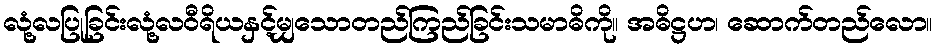
လုံ့လပြုခြင်းလုံ့လဝီရိယနှင့်မျှသောတည်ကြည်ခြင်းသမာဓိကို။ အဓိဋ္ဌဟ၊ ဆောက်တည်လော။